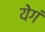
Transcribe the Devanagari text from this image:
येगं